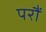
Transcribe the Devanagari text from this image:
परौं